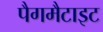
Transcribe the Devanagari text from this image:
पैगमैटाइट